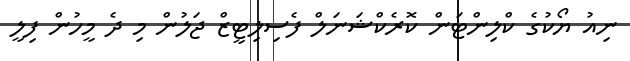
ނިއު ޔޯކުގެ ކްލިންޓަން ކޮރެކްޝަނަލް ފެސިލިޓީޒް ޖަލުން މި ދެ މީހުން ފިލީ